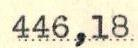
446,18